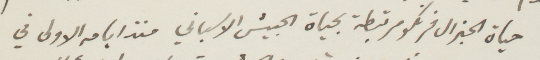
حياة الجنرال فرنكو مرتبطة بحياة الجيش الاسباني منذ ايامه الأولى في